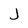
Character: J